Lunatic asylums Bombay report 1891-1903 - 1891-1903
Year: 1891
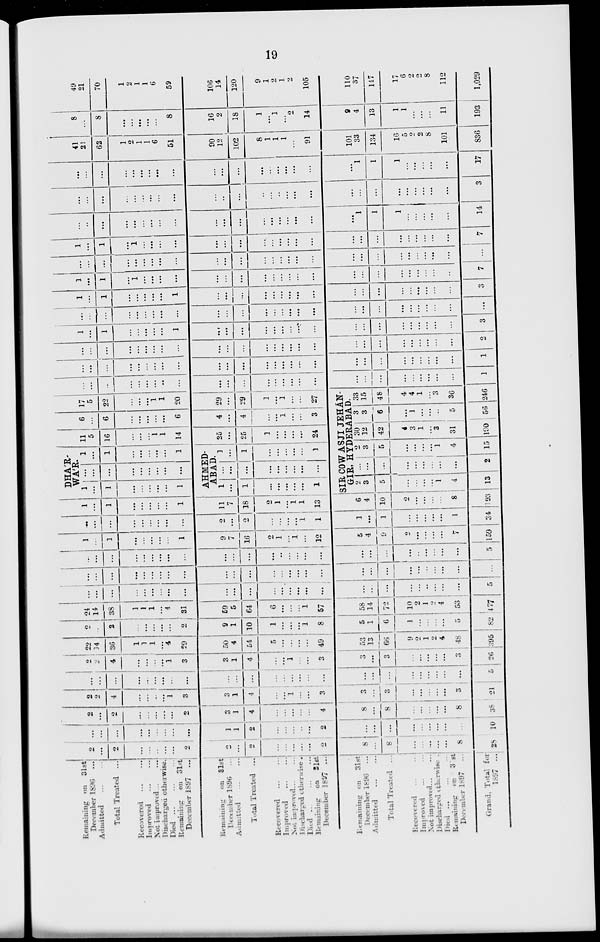
19
Remaining on 31st
December 1896 ...
Admitted ... ...
Total Treated ...
Recovered ... ...
Improved ... ...
Not improved ... ...
Discharged otherwise.
Died ... ... ...
Remaining
on 31st,
December 1897 ...
Remaining
on 31st
December 1896 ...
Admitted ... ...
Total Treated ...
Recovered ... ...
Improved ... ...
Notr improved ... ...
Discharged otherwise.
Died ... ... ...
Remaining
on
31st
December 1897 ...
Remaining on 31st
December 1896 ...
Admitted ... ...
Total Treated ...
Recovered ... ...
Improved ... ...
Not improved ... ...
Discharged otherwise ...
Died ... ... ...
Remaining on 31st
December 1897 ...
Grand. Total for
1897 ...
2
...
2
...
...
...
...
...
2
2
...
2
...
...
...
...
...
2
8
...
8
...
...
...
...
...
8
28
...
...
...
...
...
...
...
...
...
1
1
2
...
...
...
...
...
2
...
...
...
...
...
...
...
...
...
10
2
...
2
...
...
...
...
...
2
3
1
4
...
...
...
...
...
4
8
...
8
...
...
...
...
...
8
38
2
2
4
...
...
...
...
1
3
3
1
4
...
...
1
...
...
3
3
...
3
...
...
...
...
...
...
21
...
...
...
...
...
...
...
...
...
...
...
...
...
...
...
...
...
...
...
...
...
...
...
...
...
...
...
5
2
2
4
...
...
...
...
1
3
3
1
4
...
...
1
...
...
3
3
...
3
...
...
...
...
...
...
26
22
14
36
1
1
1
...
4
29
50
4
54
5
...
...
...
...
49
53
13
66
9
2
1
2
4
48
395
2
...
2
...
...
...
...
...
2
9
1
10
1
...
...
...
1
8
5
1
6
1
...
...
...
...
5
82
24
14
38
1
1
1
...
4
31
59
5
64
6
...
...
...
1
57
58
14
72
10
2
1
2
4
53
477
...
...
...
...
...
...
...
...
...
...
...
...
...
...
...
...
...
...
...
...
...
...
...
...
...
...
...
5
...
...
...
...
...
...
...
...
...
...
...
...
...
...
...
...
...
...
...
...
...
...
...
...
...
...
...
...
...
...
...
...
...
...
...
...
...
...
...
...
...
..
...
...
...
...
...
...
...
...
...
...
...
...
...
5
1
...
1
...
...
...
...
...
1
9
7
16
2
1
1
1
...
12
5
4
9
2
...
...
...
...
7
159
...
...
...
...
...
...
...
...
...
2
...
2
...
...
...
...
1
1
1
...
1
...
...
...
...
...
1
34
1
...
1
...
...
...
...
...
1
11
7
18
2
1
...
1
1
13
6
4
10
2
...
...
...
...
8
193
DHÁR-
WA'R.
1
...
1
...
...
...
...
...
1
...
...
...
...
...
...
...
...
...
1
...
1
...
...
...
...
...
1
AHMED-
ABAD
1
...
1
...
...
...
...
...
1
...
...
...
...
...
...
...
...
...
1
...
1
...
...
...
...
...
1
11
5
16
...
...
...
1
1
14
25
...
25
1
...
...
...
...
24
6
...
6
...
...
...
...
...
6
4
...
4
...
...
1
...
...
3
17
5
22
...
...
...
1
1
20
29
...
29
1
...
1
...
...
27
SIR COWASJI JEHÁN-
GIR, HYDRABAD.
2
3
5
...
...
...
...
1
4
13
...
...
...
...
...
...
...
...
...
2
2
3
5
...
...
...
...
1
4
15
30
12
42
4
3
1
...
3
31
190
3
3
6
...
1
...
...
...
5
56
33
15
48
4
4
1
...
3
36
246
...
...
...
...
...
...
...
..
...
...
...
...
...
...
...
...
...
...
...
...
...
...
...
...
...
...
...
1
...
...
...
...
...
...
...
...
...
...
...
...
...
...
...
...
...
...
...
...
...
...
...
...
...
...
...
1
...
...
...
...
...
...
...
...
...
...
...
...
...
...
...
...
...
...
...
...
...
...
...
...
...
...
...
2
1
...
1
...
...
...
...
...
1
...
...
...
...
...
...
...
...
...
...
...
...
...
...
...
...
...
...
3
...
...
...
...
...
...
...
...
...
...
...
...
...
...
...
...
...
...
...
...
...
...
...
...
...
...
...
...
1
...
1
...
...
...
...
...
1
...
...
...
...
...
...
...
...
...
...
...
...
...
...
...
...
...
...
3
1
...
1
...
1
...
...
...
...
...
...
...
...
...
...
...
...
...
...
...
...
...
...
...
...
...
...
7
...
...
...
...
...
...
...
...
...
...
...
...
...
...
...
...
...
...
...
...
...
...
...
...
...
...
...
...
1
...
1
...
1
...
...
...
...
...
...
...
...
...
...
...
...
...
...
...
...
...
...
...
...
...
...
7
...
...
...
...
...
...
...
...
...
...
...
...
...
...
...
...
...
...
...
1
1
1
...
...
...
...
...
14
...
...
...
...
...
...
...
...
...
...
...
...
...
...
...
...
...
...
...
...
...
...
...
...
...
...
...
3
...
...
...
...
...
...
...
...
...
...
...
...
...
...
...
...
...
...
...
1
1
1
...
...
...
...
...
17
41
21
62
1
2
1
1
6
51
90
12
102
8
1
1
1
...
91
101
33
134
16
5
2
2
8
101
836
8
...
8
...
...
...
...
...
8
16
2
18
1
...
1
...
2
14
9
4
13
1
1
...
...
...
11
193
49
21
70
1
2
1
1
6
59
106
14
120
9
1
2
1
2
105
110
37
147
17
6
2
2
8
112
1,029